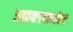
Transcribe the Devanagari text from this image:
आठवडयानंतर